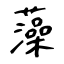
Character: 藻